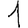
Digit: 1